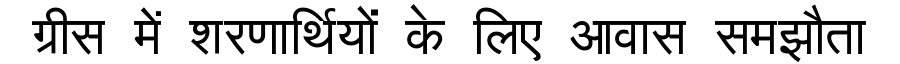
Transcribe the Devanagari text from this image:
ग्रीस में शरणार्थियों के लिए आवास समझौता